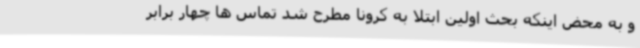
و به محض اینکه بحث اولین ابتلا به کرونا مطرح شد تماس ها چهار برابر